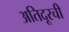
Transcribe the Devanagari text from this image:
अतिदूरची